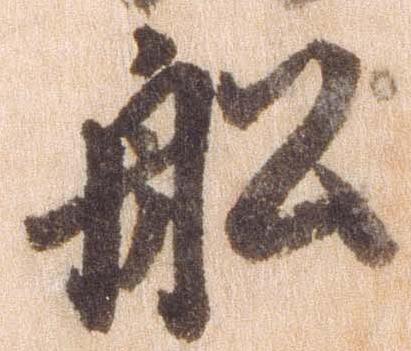
船